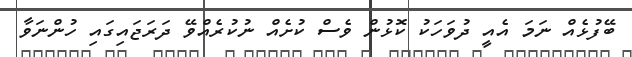
ބޭފުޅެއް ނަމަ އެއީ ދުވަހަކު ކޮޅުން ވެސް ކުށެއް ނުކުރެއްވޭ ދަރަޖައިގައި ހުންނަވާ